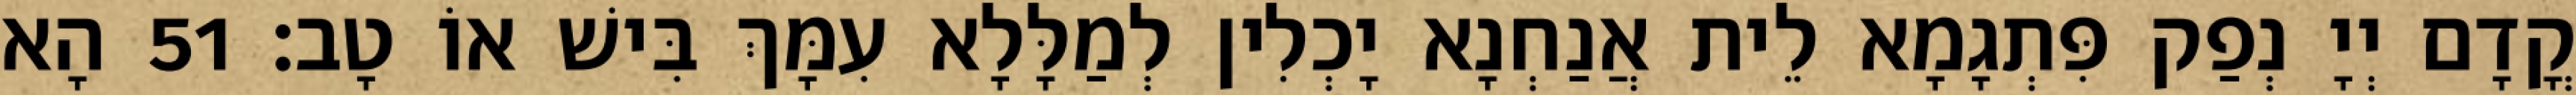
קֳדָם יְיָ נְפַק פִּתְגָמָא לֵית אֲנַחְנָא יָכְלִין לְמַלָּלָא עִמָּךְ בִּישׁ אוֹ טָב׃ 51 הָא